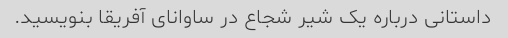
داستانی درباره یک شیر شجاع در ساوانای آفریقا بنویسید.